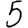
Digit: 5